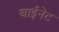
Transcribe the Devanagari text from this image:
बाईनेट